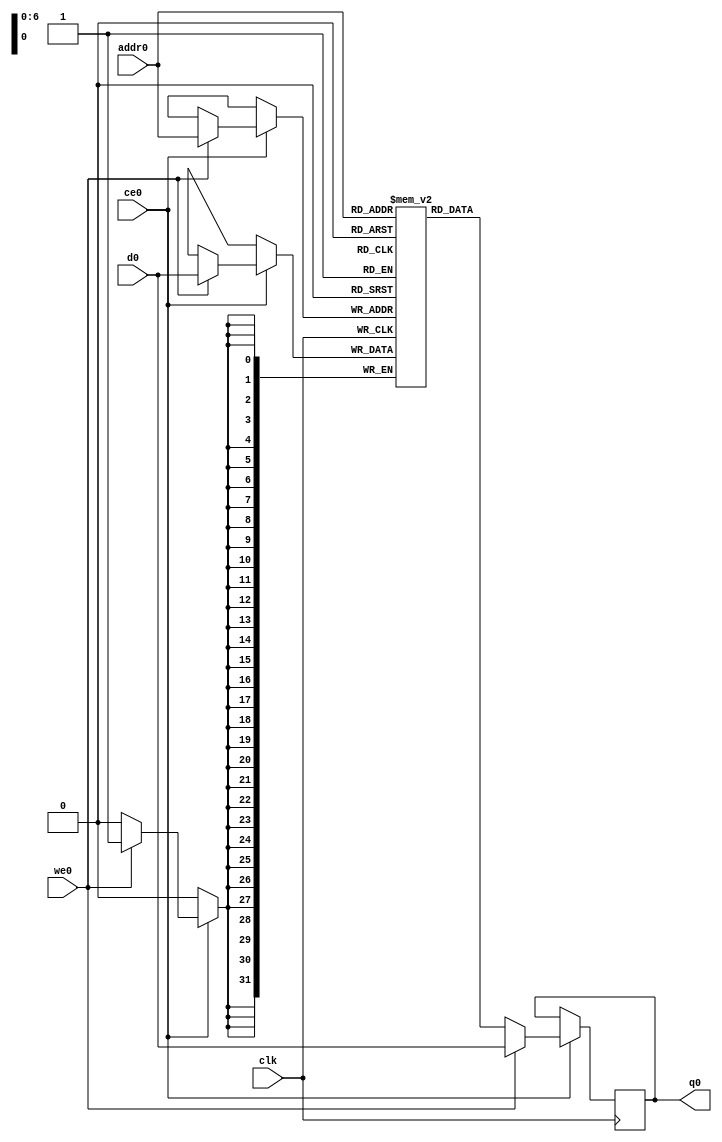
`timescale 1ns / 1ps
//////////////////////////////////////////////////////////////////////////////////
// Company: 
// Engineer: 
// 
// Design Name: 
// Module Name:    omp_supp 
// Project Name: 
// Target Devices: 
// Tool versions: 
// Description: 
//
// Dependencies: 
//
// Revision: 
// Revision 0.01 - File Created
// Additional Comments: 
//
//////////////////////////////////////////////////////////////////////////////////
module omp_supp (addr0, ce0, d0, we0, q0,clk);

parameter DWIDTH = 32;
parameter AWIDTH = 7;
parameter MEM_SIZE = 128;

input[AWIDTH-1:0] addr0;
input ce0;
input[DWIDTH-1:0] d0;
input we0;
output reg[DWIDTH-1:0] q0;
input clk;

(* ram_style = "block" *)reg [DWIDTH-1:0] ram[MEM_SIZE-1:0];




always @(posedge clk)  
begin 
    if (ce0) 
    begin
        if (we0) 
        begin 
            ram[addr0] <= d0; 
            q0 <= d0;
        end 
        else 
            q0 <= ram[addr0];
    end
end




endmodule